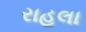
રાહલા